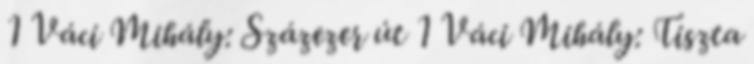
1 Váci Mihály: Százezer út 1 Váci Mihály: Tiszta